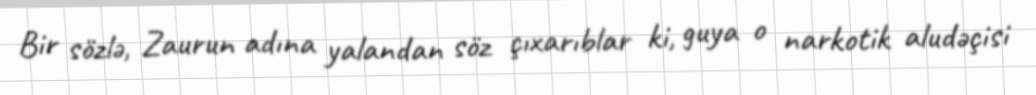
Bir sözlə, Zaurun adına yalandan söz çıxarıblar ki, guya o narkotik aludəçisi